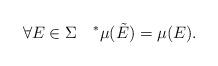
LaTeX: \begin{align*}\forall E\in\Sigma\quad^{\ast}\mu(\tilde{E})=\mu(E).\end{align*}